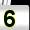
Digit: 5